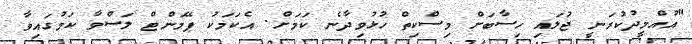
"އުއްމީދުކުރަނީ ޖުލައި ހިސާބަށް މިިސްކިތް ހުޅުވިދާނެ ކަމަށް. އެކަމަކު ޕޭމަންޓް ލަސްވާ ކަމުގައިވާ